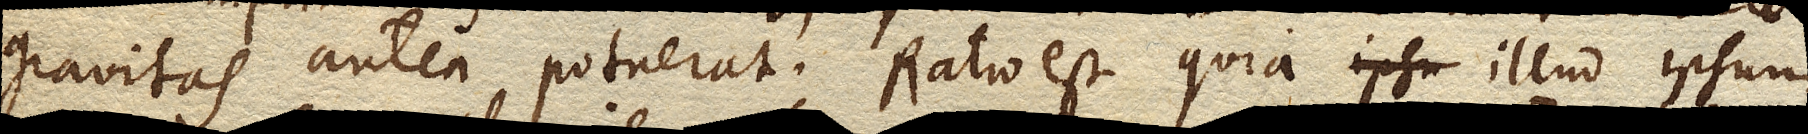
gravitas antea potuerat. Ratio est quia illud ipsum